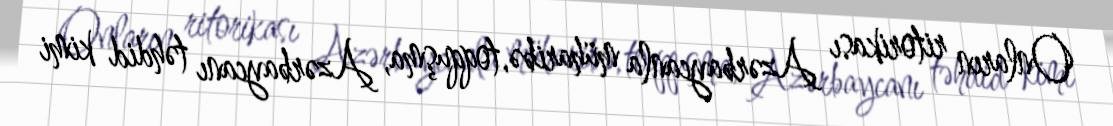
Onların ritorikası Azərbaycanla müharibə, toqquşma, Azərbaycanı təhdid kimi